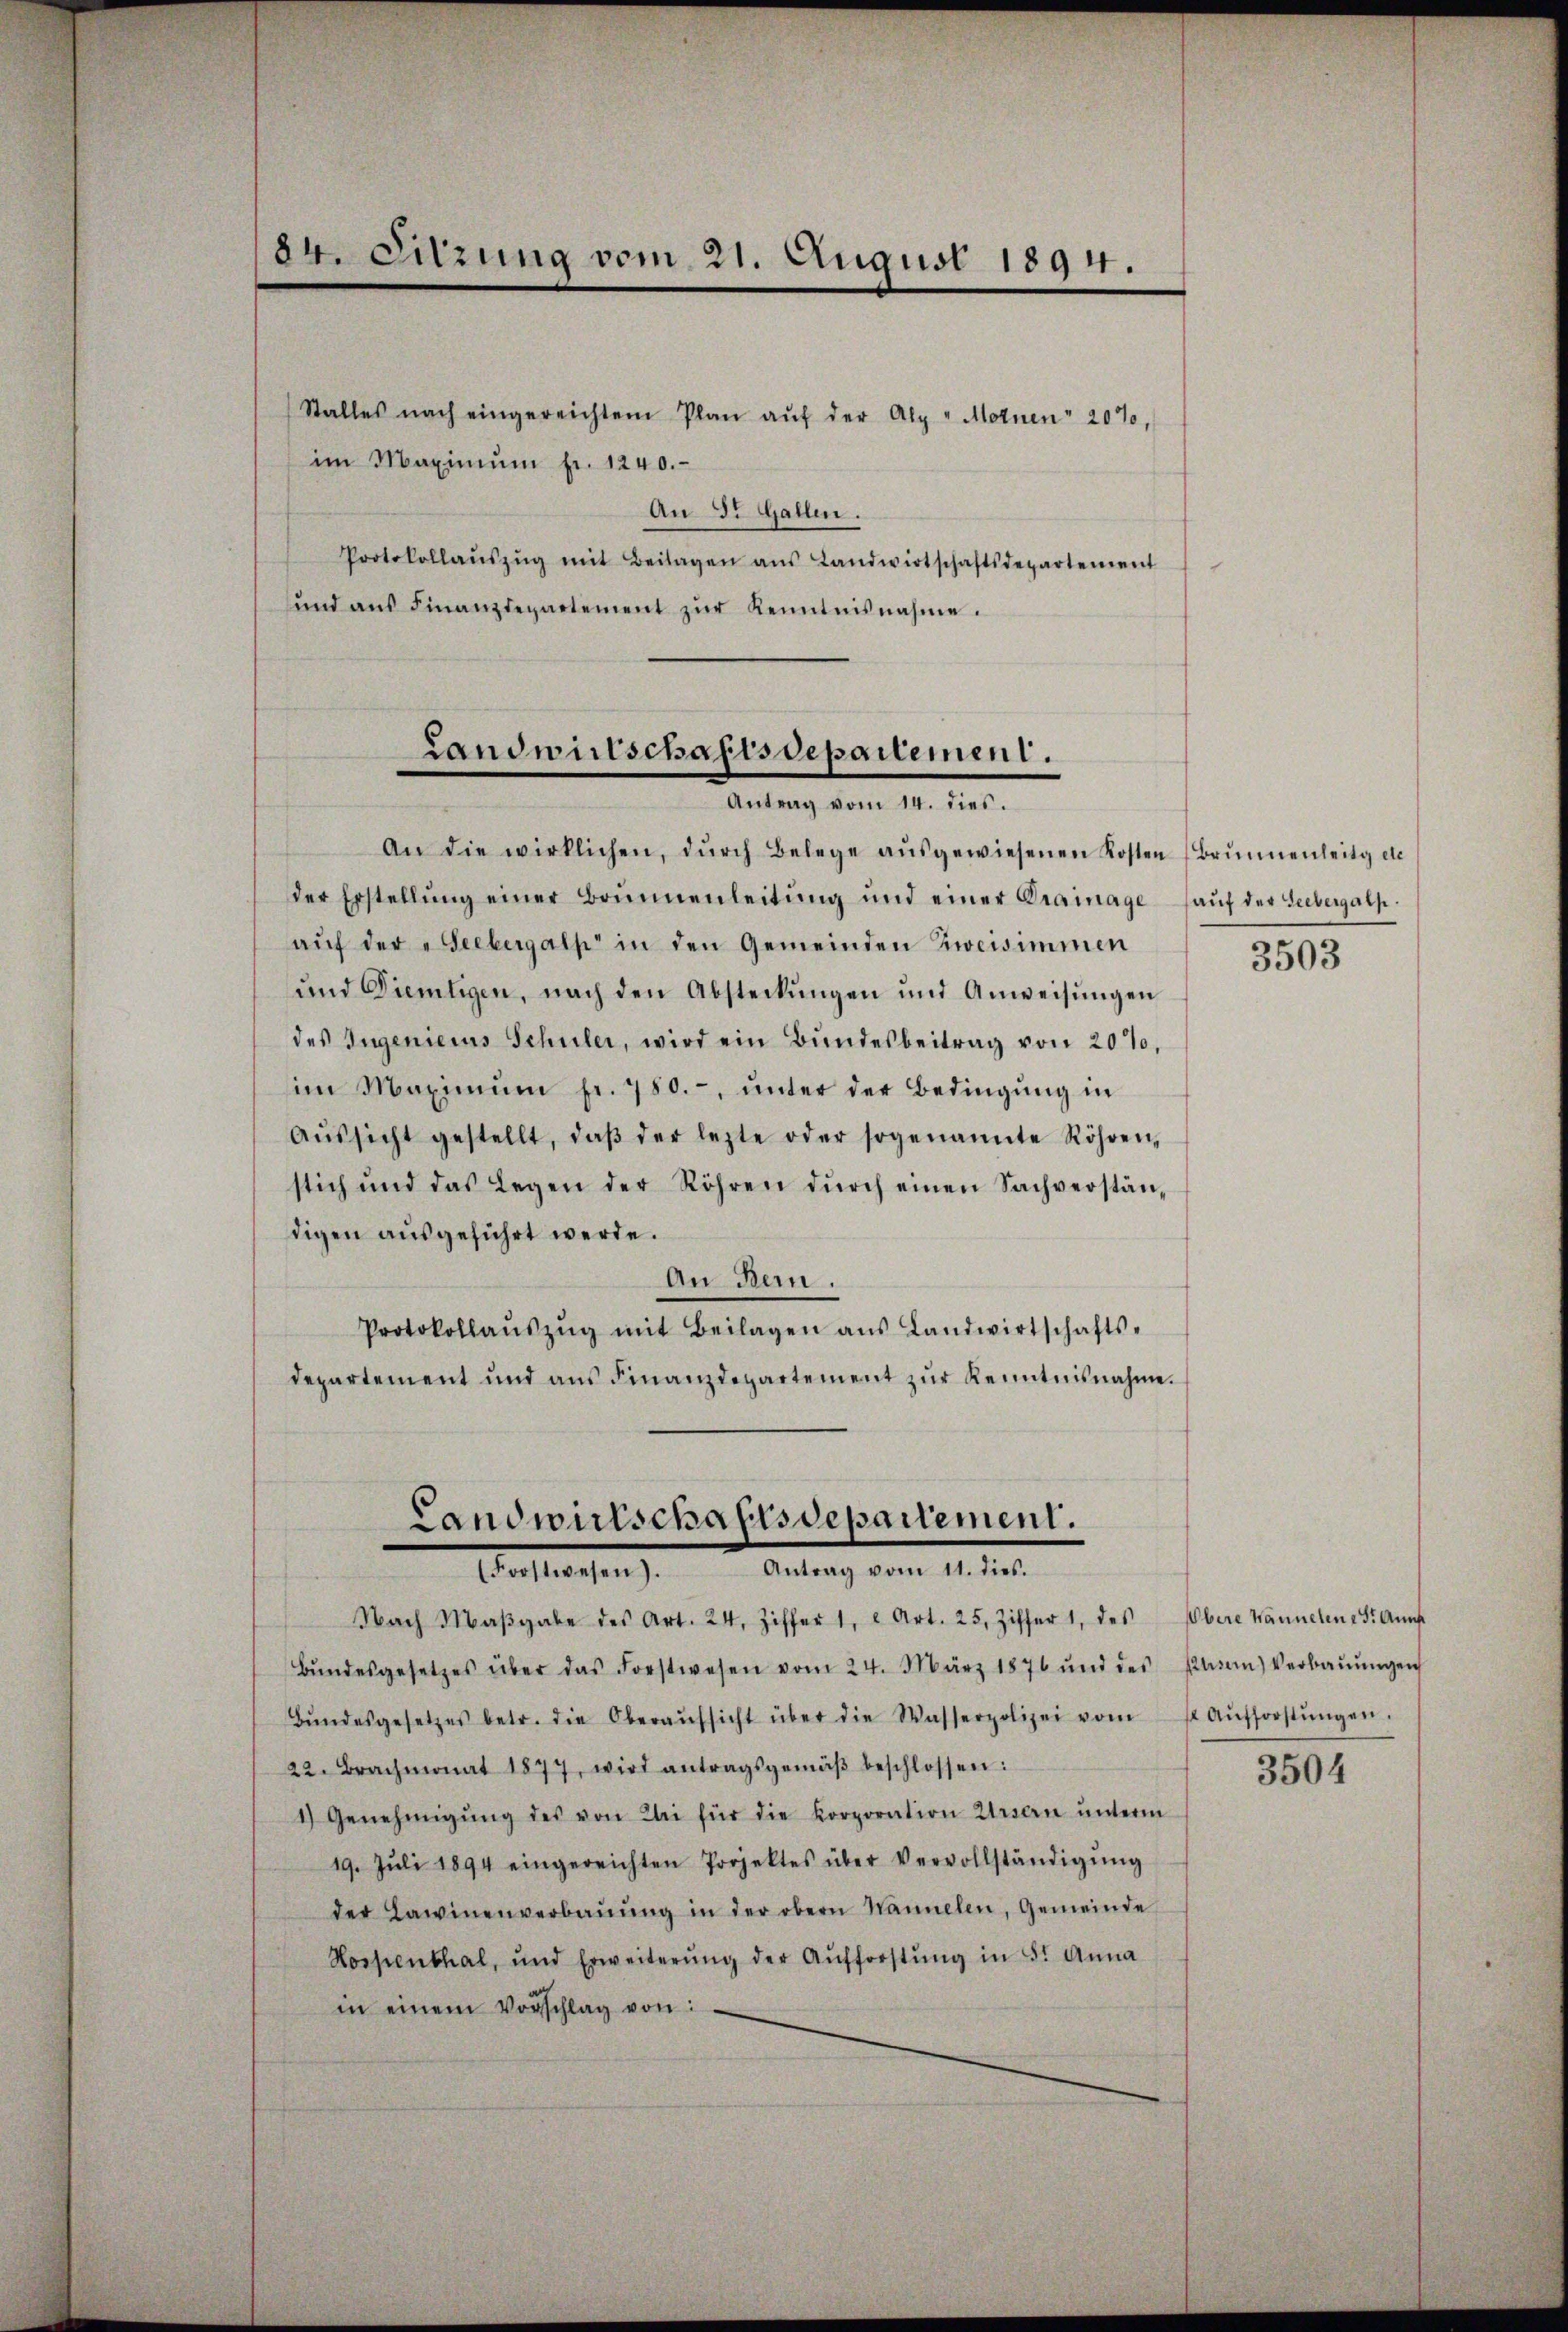
84. Sitzung vom 21. August 1894.

Stalles nach eingereichtem Plan aŭf der Alp "Motnen 20%,
im Maximŭm fr. 1240.
An St. Gallen.
Protokollaŭszŭg mit Beilagen ans Landwirtschaftsdepartement
und aus Finanzdepartement zur Kenntnisnahme.

Landwirtschaftsdepartement.
Antrag vom 14. dies.

An die wirklichen, dŭrch Belege aŭsgewiesenen Kosten (Brunnenleitg etc.
der Erstellŭng einer Brunnenleitŭng und einer Prainage aŭf der Seebergalp.
aŭf der „Seebergalp in den Gemeinden Zweisimmen
und Diemtigen, nach den Absteckŭngen und Anweisŭngen
des Ingeniers Schuler, wird ein Bŭndesbeitrag von 20%,
im Maximŭm fr. 780.-, ŭnter der Bedingŭng in
Aŭssicht gestellt, daβ der lezte oder sogenannte Röhren
stich und das Legen der Röhren dŭrch einen Sachverstän-
digen aŭsgeführt werde.
An Bern.
Protokollaŭszŭg mit Beilagen ans Landwirtschafts-
departement und aus Finanzdepartement zur Kenntnisnahme.
Landwirtschaftsdepariement.
(Forstwesen). Antrag vom 11. dies.
Nach Maβgabe des Art. 24, Ziffer 1, 2 Art. 25. Ziffer 1, des bere Wannelen 25. Auf
Bŭndesgesetzes über das Forstwesen vom 24. März 1876 und des Plan) Verbaŭŭngen
Bŭndesgesetzes betr. die Oberaŭfsicht über die Wasserpolizei vom 12. Aŭsforstŭngen.
22. Brachmonat 1877, wird antragsgemäβ beschlossen:
1) Genehmigŭng des von Klei für die Korporation Ursern ŭnterm
19. Jŭli 1894 eingereichten Projektes über Vervollständigŭng
der Lawinenverbaŭŭng in der obern Wannelen, Gemeinde
Hospenthal, und Erweiterŭng der Aŭfforstŭng in 5. Anna
in einem Vorschlag von:

3503

3504